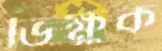
ভিক্ষুক